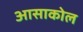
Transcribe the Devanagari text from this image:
आसाकोल